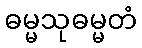
ဓမ္မသုဓမ္မတံ